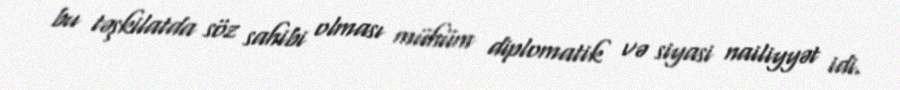
bu təşkilatda söz sahibi olması mühüm diplomatik və siyasi nailiyyət idi.